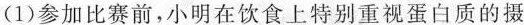
(1)参加比赛前，小明在饮食上特别重视蛋白质的摄